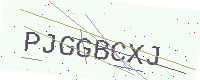
Text: PJGGBCXJ